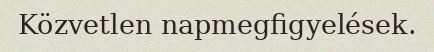
Közvetlen napmegfigyelések.